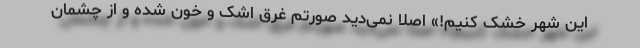
این شهر خشک کنیم!» اصلاً نمی‌دید صورتم غرق اشک و خون شده و از چشمان